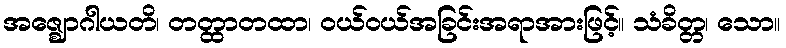
အဇ္ဈောဂါယတိ၊ တတ္ထာတထာ၊ ဝယ်ဝယ်အခြင်းအရာအားဖြင့်။ သံခိတ္တ၊ သော။